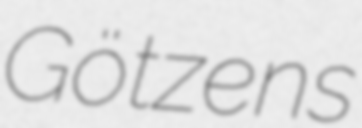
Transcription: Götzens